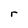
Character: r